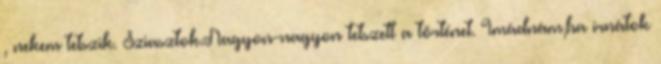
, nekem tetszik. Sziasztok.Nagyon-nagyon tetszett a történet. Imádnám,ha írnátok